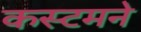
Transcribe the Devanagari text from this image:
कस्टमने